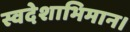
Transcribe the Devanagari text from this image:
स्वदेशाभिमान।